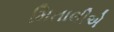
મિતાલીએ